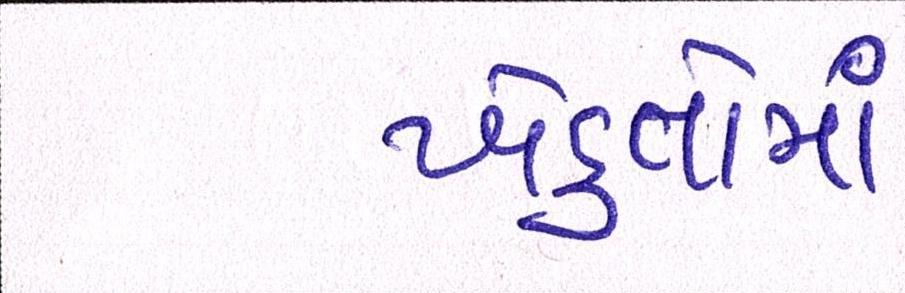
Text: ખેડુતોમાં